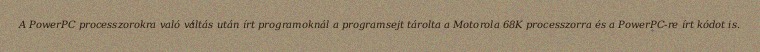
A PowerPC processzorokra való váltás után írt programoknál a programsejt tárolta a Motorola 68K processzorra és a PowerPC-re írt kódot is.